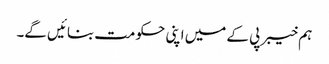
ہم خیبر پی کے میں اپنی حکومت بنائیں گے۔